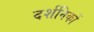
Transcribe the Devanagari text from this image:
दर्शनिकों